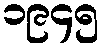
၁၉၄၅